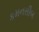
કમનસીબ